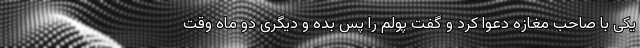
یکی با صاحب مغازه دعوا کرد و گفت پولم را پس بده و دیگری دو ماه وقت